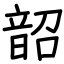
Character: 韶